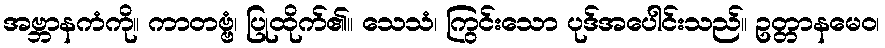
အဗ္ဘာနကံကို။ ကာတဗ္ဗံ၊ ပြုထိုက်၏။ သေသံ၊ ကြွင်းသော ပုဒ်အပေါင်းသည်။ ဥတ္တာနမေဝ၊